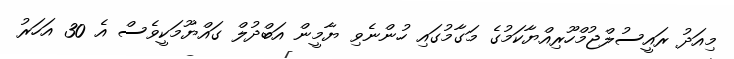
މިއަދު ރައީސުލްޖުމްހޫރިއްޔާކަމުގެ މަގާމުގައި ހުންނެވި ޔާމީން އަބްދުލް ގައްޔޫމަކީވެސް އެ 30 އަހަރު